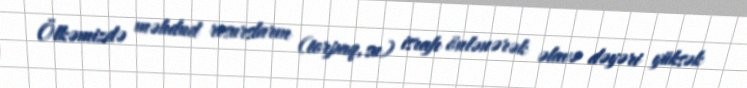
Ölkəmizdə məhdud resursların (torpaq, su) israfı önlənərək əlavə dəyəri yüksək